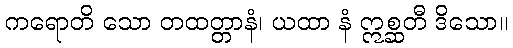
ကရောတိ သော တထတ္တာနံ၊ ယထာ နံ ဣစ္ဆတီ ဒိသော။